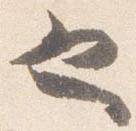
也